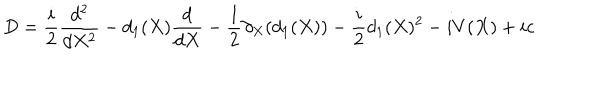
D = \frac { i } { 2 } \frac { d ^ { 2 } } { d X ^ { 2 } } - d _ { 1 } ( X ) \frac { d } { d X } - \frac { 1 } { 2 } \partial _ { X } ( d _ { 1 } ( X ) ) - \frac { i } { 2 } d _ { 1 } ( X ) ^ { 2 } - i V ( X ) + i c